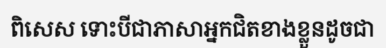
ពិសេស ទោះបីជាភាសាអ្នកជិតខាងខ្លួនដូចជា